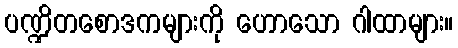
ပဏ္ဍိတစောဒကများကို ဟောသော ဂါထာများ။